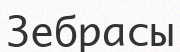
Зебрасы